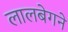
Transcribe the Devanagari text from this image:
लालबेगने